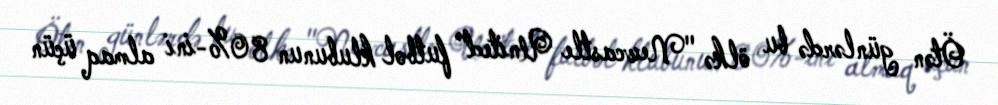
Ötən günlərdə bu ölkə "Newcastle United" futbol klubunun 80%-ini almaq üçün